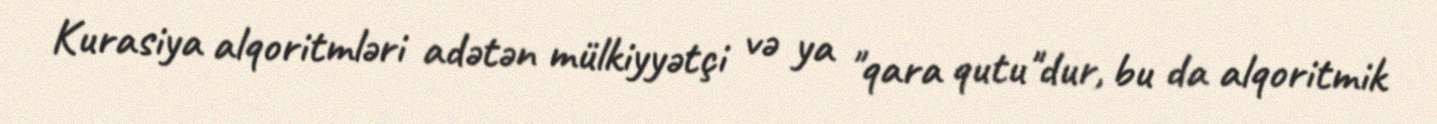
Kurasiya alqoritmləri adətən mülkiyyətçi və ya "qara qutu"dur, bu da alqoritmik